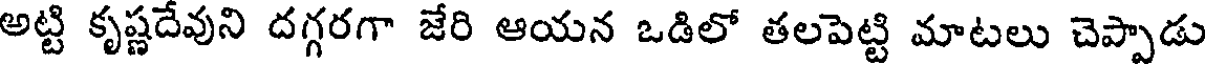
అట్టి కృష్ణదేవుని దగ్గరగా జేరి ఆయన ఒడిలో తలపెట్టి మాటలు చెప్పాడు